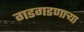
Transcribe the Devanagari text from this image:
गडगडणाऱ्या